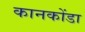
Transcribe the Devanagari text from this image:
कानकोंडा